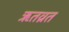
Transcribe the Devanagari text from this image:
ऋतव्रत